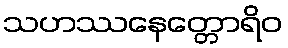
သဟဿနေတ္တောရိဝ